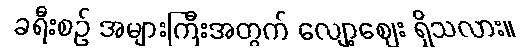
ခရီးစဉ် အများကြီးအတွက် လျော့ဈေး ရှိသလား။